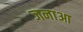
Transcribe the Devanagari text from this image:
जनाआ